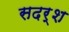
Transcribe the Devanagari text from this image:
सदर्श